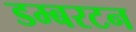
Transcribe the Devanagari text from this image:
डम्बरटन